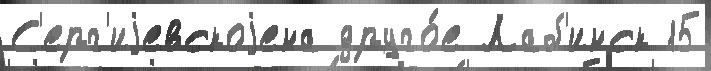
С'ерг'иjевскоjена друго́е Лаб'инск 15